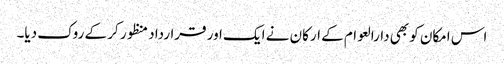
اس امکان کو بھی دارالعوام کے ارکان نے ایک اور قرارداد منظور کر کے روک دیا۔